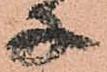
子